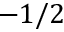
- 1 / 2